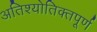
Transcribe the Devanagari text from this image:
अतिश्योतिक्तपूर्ण